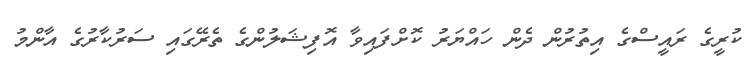
ކުރީގެ ރައީސްގެ އިތުރުން ދެން ހައްޔަރު ކޮށްފައިވާ އޮފިޝަލުންގެ ތެރޭގައި ސަރުކާރުގެ އާންމު